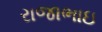
રાજાભાઇ